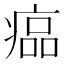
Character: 𤸔